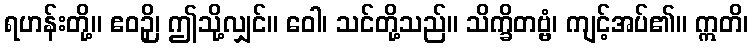
ရဟန်းတို့။ ဧဝဉှိ၊ ဤသို့လျှင်။ ဝေါ၊ သင်တို့သည်။ သိက္ခိတဗ္ဗံ၊ ကျင့်အပ်၏။ ဣတိ၊